Snake-venoms in relation to hæmolysis - Number 17
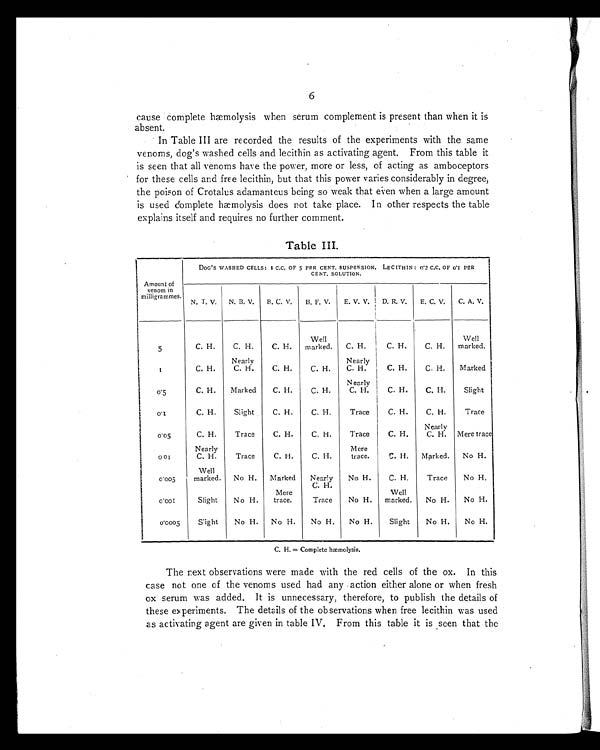
6
cause complete hæmolysis when serum complement is present than when it is
absent.
In Table III are recorded the results of the experiments with the same
venoms, dog's washed cells and lecithin as activating agent. From this table it
is seen that all venoms have the power, more or less, of acting as amboceptors
for these cells and free lecithin, but that this power varies considerably in degree,
the poison of Crotalus adamanteus being so weak that even when a large amount
is used complete hæmolysis does not take place. In other respects the table
explains itself and requires no further comment.
Table III.
Amount of-
venom in
milligrammes.
DOG ' S WASHED CELLS: 1 C.C. OF 5 PER CENT. SUSPENSION. LECITHIN : 0.2 C.C. OF 0.1 PER
CENT. SOLUTION.
N. T. V.
N. B. V.
B. C. V.
B. F. V.
E. V. V.
D. R. V.
E. C. V.
C. A. V.
5
C. H.
C. H.
C. H.
Well
marked.
C. H.
C. H.
C. H.
Well
marked.
1
C. H.
Nearly
C. H.
C. H.
C. H.
Nearly
C. H.
C. H.
C. H.
Marked
0.5
C. H.
Marked
C. H.
C. H.
N early
C. H.
C. H.
C. H.
Slight
0.1
C. H.
Slight
C. H.
C. H.
Trace
C. H.
C. H.
Trace
0.05
C. H.
Trace
C. H.
C. H.
Trace
C. H.
Nearly
C. H.
Mere trace
0 . 0 1
Nearly
C. H,
Trace
C. H.
C. H.
Mere
trace.
C. H.
Marked.
No H.
0 . 0 0 5
Well
marked.
No H.
Marked
Nearly
C. H.
No H.
C. H.
Trace
No H.
0 . 0 0 1
Slight
No H.
Mere
trace.
Trace
No H.
Well
marked.
No H.
No H.
0 . 0 0 0 5
Sight
No H.
No H.
No H.
No H.
Slight
No H.
No H.
C. H. = Complete hæmolysis.
The next observations were made with the red cells of the ox. In this
case not one of the venoms used had any action either alone or when fresh
ox serum was added. It is unnecessary, therefore, to publish the details of
these experiments. The details of the observations when free lecithin was used
as activating agent are given in table IV. From this table it is seen that the